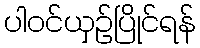
ပါဝင်ယှဉ်ပြိုင်ရန်